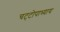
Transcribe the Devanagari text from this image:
चट्‌टोपाध्याय